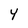
Character: y